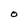
Character: 0